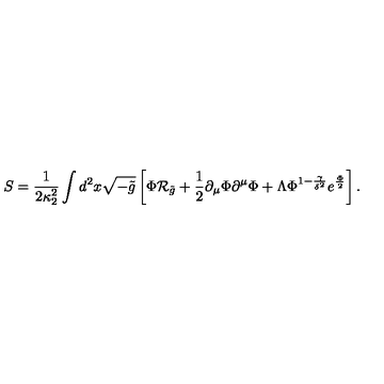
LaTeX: S = { \frac { 1 } { 2 \kappa _ { 2 } ^ { 2 } } } \int d ^ { 2 } x \sqrt { - \tilde { g } } \left[ \Phi { \cal R } _ { \tilde { g } } + { \frac { 1 } { 2 } } \partial _ { \mu } \Phi \partial ^ { \mu } \Phi + \Lambda \Phi ^ { 1 - { \frac { \gamma } { \delta ^ { 2 } } } } e ^ { \frac { \Phi } { 2 } } \right] .